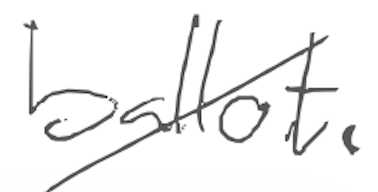
Text: ballot.
Cross-out: diagonal
Writing tool: digital_gray